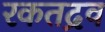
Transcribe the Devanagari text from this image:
रकतद्रव